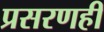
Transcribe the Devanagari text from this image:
प्रसरणही